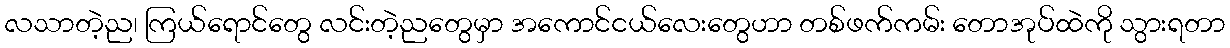
လသာတဲ့ည၊ ကြယ်ရောင်တွေ လင်းတဲ့ညတွေမှာ အကောင်ငယ်လေးတွေဟာ တစ်ဖက်ကမ်း တောအုပ်ထဲကို သွားရတာ